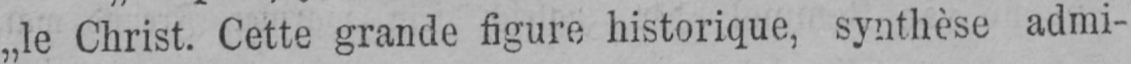
„le Christ. Cette grande figure historique, synthèse admi-